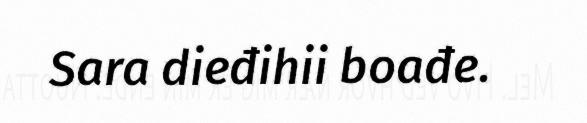
Sara dieđihii boađe.